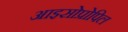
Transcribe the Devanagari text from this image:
आइसोप्रोपिल